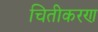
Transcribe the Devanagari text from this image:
चितीकरण